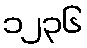
၁၂၃၆